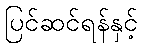
ပြင်ဆင်ရန်နှင့်